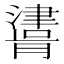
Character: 𰝪